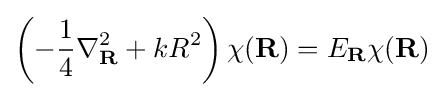
\left(-{\frac {1}{4}}\nabla _{\mathbf {R} }^{2}+kR^{2}\right)\chi (\mathbf {R} )=E_{\mathbf {R} }\chi (\mathbf {R} )